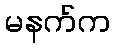
မနက်က